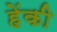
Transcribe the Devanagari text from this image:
हेंकी